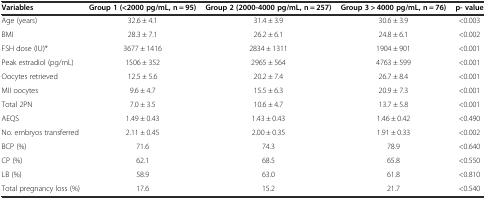
<table><thead><tr><td><b>Variables</b></td><td><b>Group 1 (&lt;2000 pg/mL, n = 95)</b></td><td><b>Group 2 (2000-4000 pg/mL, n = 257)</b></td><td><b>Group 3 &gt; 4000 pg/mL, n = 76)</b></td><td><b>p- value</b></td></tr></thead><tbody><tr><td>Age (years)</td><td>32.6 ± 4.1</td><td>31.4 ± 3.9</td><td>30.6 ± 3.9</td><td>&lt;0.003</td></tr><tr><td>BMI</td><td>28.3 ± 7.1</td><td>26.2 ± 6.1</td><td>24.8 ± 6.1</td><td>&lt;0.002</td></tr><tr><td>FSH dose (IU)*</td><td>3677 ± 1416</td><td>2834 ± 1311</td><td>1904 ± 901</td><td>&lt;0.001</td></tr><tr><td>Peak estradiol (pg/mL)</td><td>1506 ± 352</td><td>2965 ± 564</td><td>4763 ± 599</td><td>&lt;0.001</td></tr><tr><td>Oocytes retrieved</td><td>12.5 ± 5.6</td><td>20.2 ± 7.4</td><td>26.7 ± 8.4</td><td>&lt;0.001</td></tr><tr><td>MII oocytes</td><td>9.6 ± 4.7</td><td>15.5 ± 6.3</td><td>20.9 ± 7.3</td><td>&lt;0.001</td></tr><tr><td>Total 2PN</td><td>7.0 ± 3.5</td><td>10.6 ± 4.7</td><td>13.7 ± 5.8</td><td>&lt;0.001</td></tr><tr><td>AEQS</td><td>1.49 ± 0.43</td><td>1.43 ± 0.43</td><td>1.46 ± 0.42</td><td>&lt;0.490</td></tr><tr><td>No. embryos transferred</td><td>2.11 ± 0.45</td><td>2.00 ± 0.35</td><td>1.91 ± 0.33</td><td>&lt;0.002</td></tr><tr><td>BCP (%)</td><td>71.6</td><td>74.3</td><td>78.9</td><td>&lt;0.640</td></tr><tr><td>CP (%)</td><td>62.1</td><td>68.5</td><td>65.8</td><td>&lt;0.550</td></tr><tr><td>LB (%)</td><td>58.9</td><td>63.0</td><td>61.8</td><td>&lt;0.810</td></tr><tr><td>Total pregnancy loss (%)</td><td>17.6</td><td>15.2</td><td>21.7</td><td>&lt;0.540</td></tr></tbody></table>